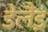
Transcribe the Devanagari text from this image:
डेलैंड्र